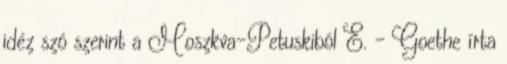
idéz szó szerint a Moszkva-Petuskiból E. - Goethe írta